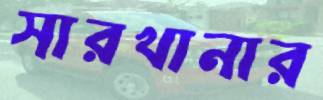
সারখানার